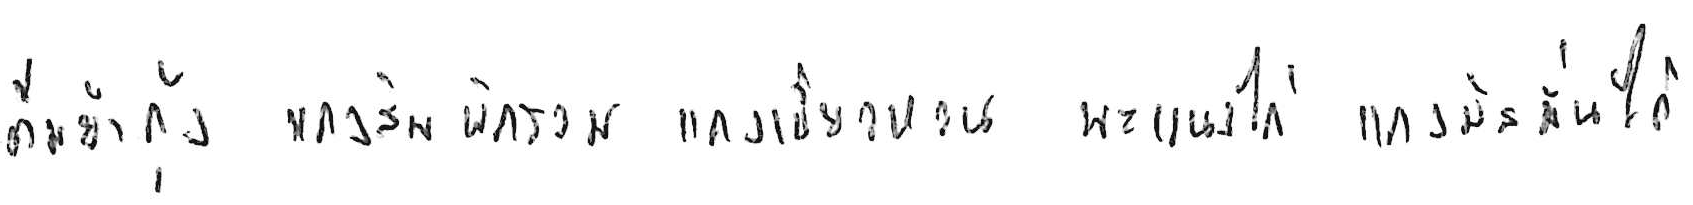
ต้มยำกุ้ง แกงส้มผักรวม แกงเขียวหวาน พะแนงไก่ แกงมัสมั่นไก่